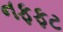
નફફટ